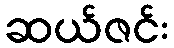
ဆယ်ဇင်း